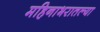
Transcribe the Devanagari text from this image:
महिनाभरातल्या